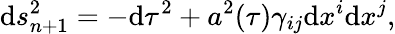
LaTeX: \mathrm{d}s_{n+1}^{2}=-\mathrm{d}\tau^{2}+a^{2}(\tau)\gamma_{ij}\mathrm{d}x^{i}\mathrm{d}x^{j},